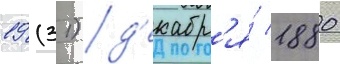
19 (31) д'екабр'я́ 1880